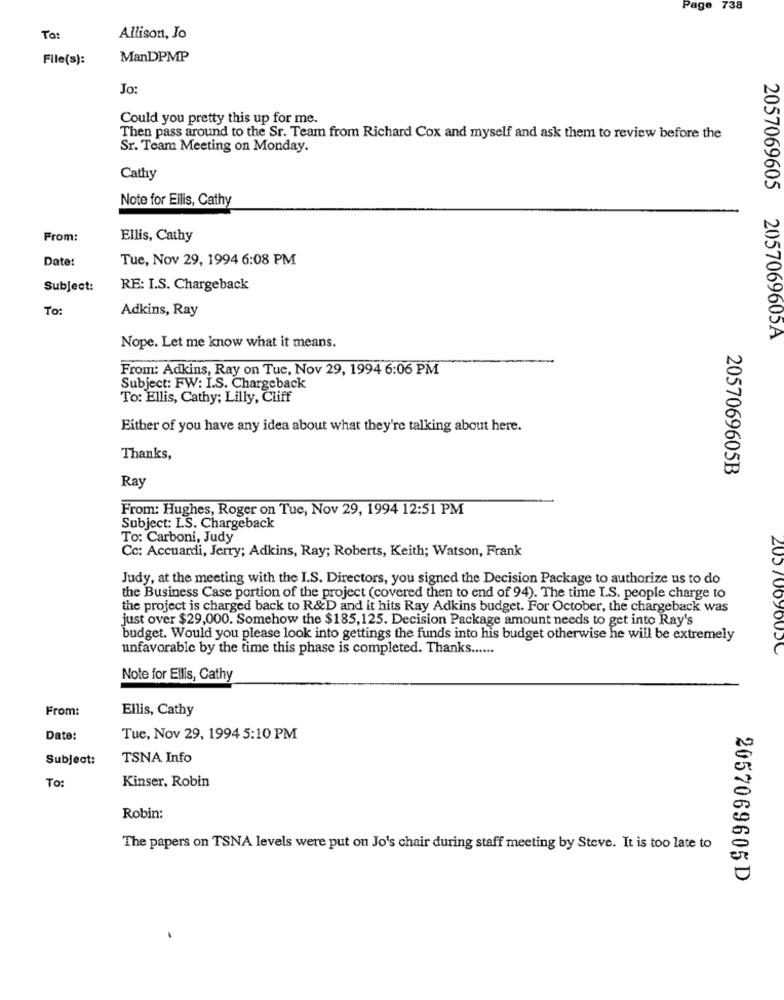
Page
738
To:
Allison, Jo
File(s):
ManDPMP
Jo:
Could you pretty this up for me.
Then pass around to the Sr. Team from Richard Cox and myself and ask them to review before the
Sr. Team Meeting on Monday.
Cathy
Note for Eilis, Cathy
From:
Ellis, Cathy
Date:
Tue, Nov 29, 1994 6:08 PM
Subject:
RE: I.S. Chargeback
To:
Adkins, Ray
2057069605 2057069605A
Nope. Let me know what it means.
From: Adkins, Ray on Tuc, Nov 29, 1994 6:06 PM
Subject: FW: I.S. Chargeback
To: Ellis, Cathy; Lilly, Cliff
Either of you have any idea about what they're talking about here.
Thanks,
2057069605B
Ray
From: Hughes, Roger on Tue, Nov 29, 1994 12:51 PM
Subject: I.S. Chargeback
To: Carboni, Judy
Cc: Accuardi, Jerry; Adkins, Ray; Roberts, Keith; Watson, Frank
Judy, at the meeting with the I.S. Directors, you signed the Decision Package to authorize us to do
the Business Case portion of the project (covered then to end of 94). The time I.S. people charge to
the project is charged back to R&D and it hits Ray Adkins budget. For October, the chargeback was
just over $29,000. Somehow the $185,125. Decision Package amount needs to get into Ray's
budget. Would you please look into gettings the funds into his budget otherwise he will be extremely
unfavorable by the time this phase is completed. Thanks ......
20570090050
Note for Ellis, Cathy
From:
Ellis, Cathy
Date:
Tue, Nov 29, 1994 5:10 PM
Subject:
TSNA Info
Kinser, Robin
To:
Robin:
The papers on TSNA levels were put on Jo's chair during staff meeting by Steve. It is too late to
2057069605D
.